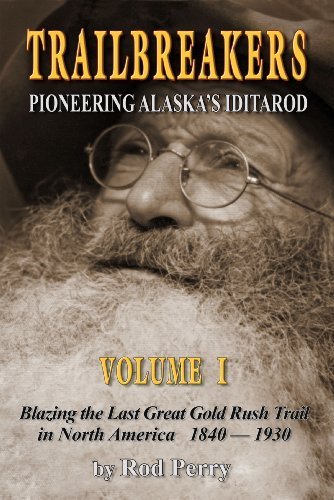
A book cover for TrailBreakers: Pioneering Alaska's Iditarod, Vol. 1; Rod Perry; Sports & Outdoors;